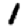
Digit: 1